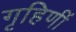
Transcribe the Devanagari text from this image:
गृहिणीं